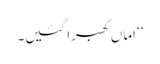
‘‘ اماں گھبرا گئیں۔